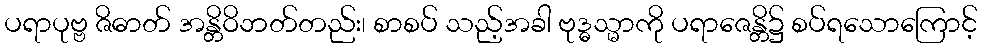
ပရာပုဗ္ဗ ဇိဓာတ် အန္တိဝိဘတ်တည်း၊ စာစပ် သည့်အခါ ဗုဒ္ဓသ္မာကို ပရာဇေန္တိ၌ စပ်ရသောကြောင့်